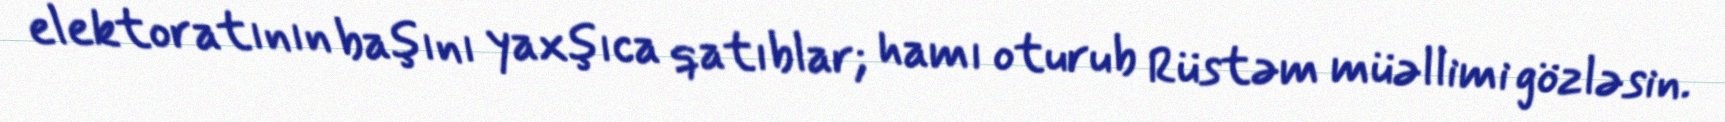
elektoratının başını yaxşıca qatıblar; hamı oturub Rüstəm müəllimi gözləsin.